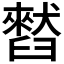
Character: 𫇒